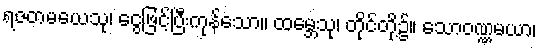
ရဇတမယေသု၊ ငွေဖြင့်ပြီးကုန်သော။ ထမ္ဘေသု၊ တိုင်တို့၌။ သောဝဏ္ဏမယာ၊